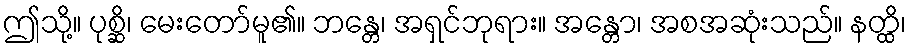
ဤသို့။ ပုစ္ဆိ၊ မေးတော်မူ၏။ ဘန္တေ၊ အရှင်ဘုရား။ အန္တော၊ အစအဆုံးသည်။ နတ္ထိ၊